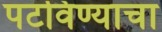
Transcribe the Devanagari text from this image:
पटविण्याचा